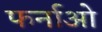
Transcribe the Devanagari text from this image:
फर्नाओ